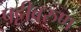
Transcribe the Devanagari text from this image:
पट्टीवरुण